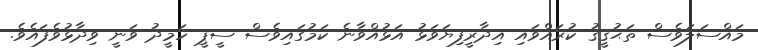
މައްސަލަވެސް ތަޙުޤީޤު ކުރައްވައި އިދާރީފިޔަވަޅު އަޅުއްވާނެ ކަމުގައިވެސް ސީޕީ ހަމީދު ވަނީ ވިދާޅުވެފައެވެ.